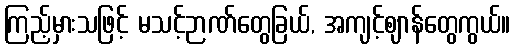
ကြည့်မှားသဖြင့် မသင့်ဉာဏ်တွေခြယ်, အကျင့်ဈာန်တွေကွယ်။